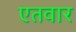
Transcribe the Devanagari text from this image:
एतवार